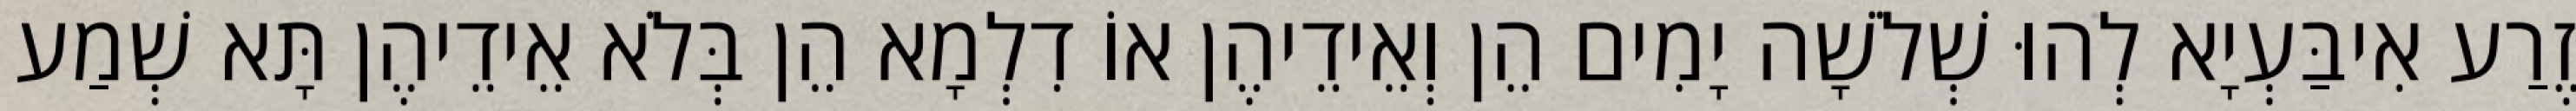
זֶרַע אִיבַּעְיָא לְהוּ שְׁלֹשָׁה יָמִים הֵן וְאֵידֵיהֶן אוֹ דִלְמָא הֵן בְּלֹא אֵידֵיהֶן תָּא שְׁמַע